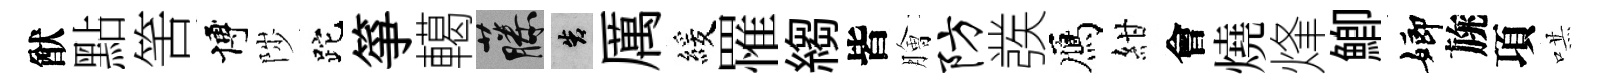
猷點筈博陟跎箏轕藤告厲緩罹縐皆膾防彂鴈紺會燒烽鯽嫏旐項哄